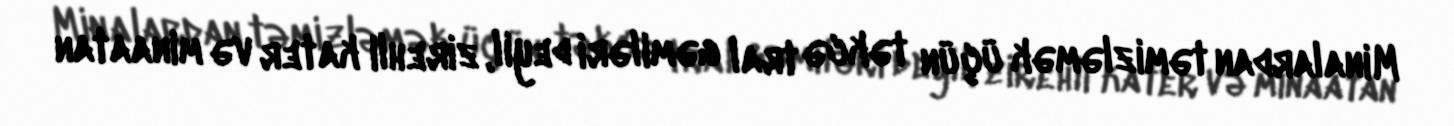
Minalardan təmizləmək üçün təkcə tral gəmiləri deyil, zirehli kater və minaatan